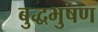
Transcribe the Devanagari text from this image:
बुद्धभुषण